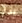
إذآ